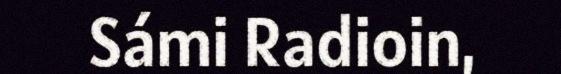
Sámi Radioin,